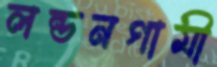
লন্ডনগামী